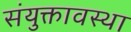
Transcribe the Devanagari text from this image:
संयुक्तावस्था